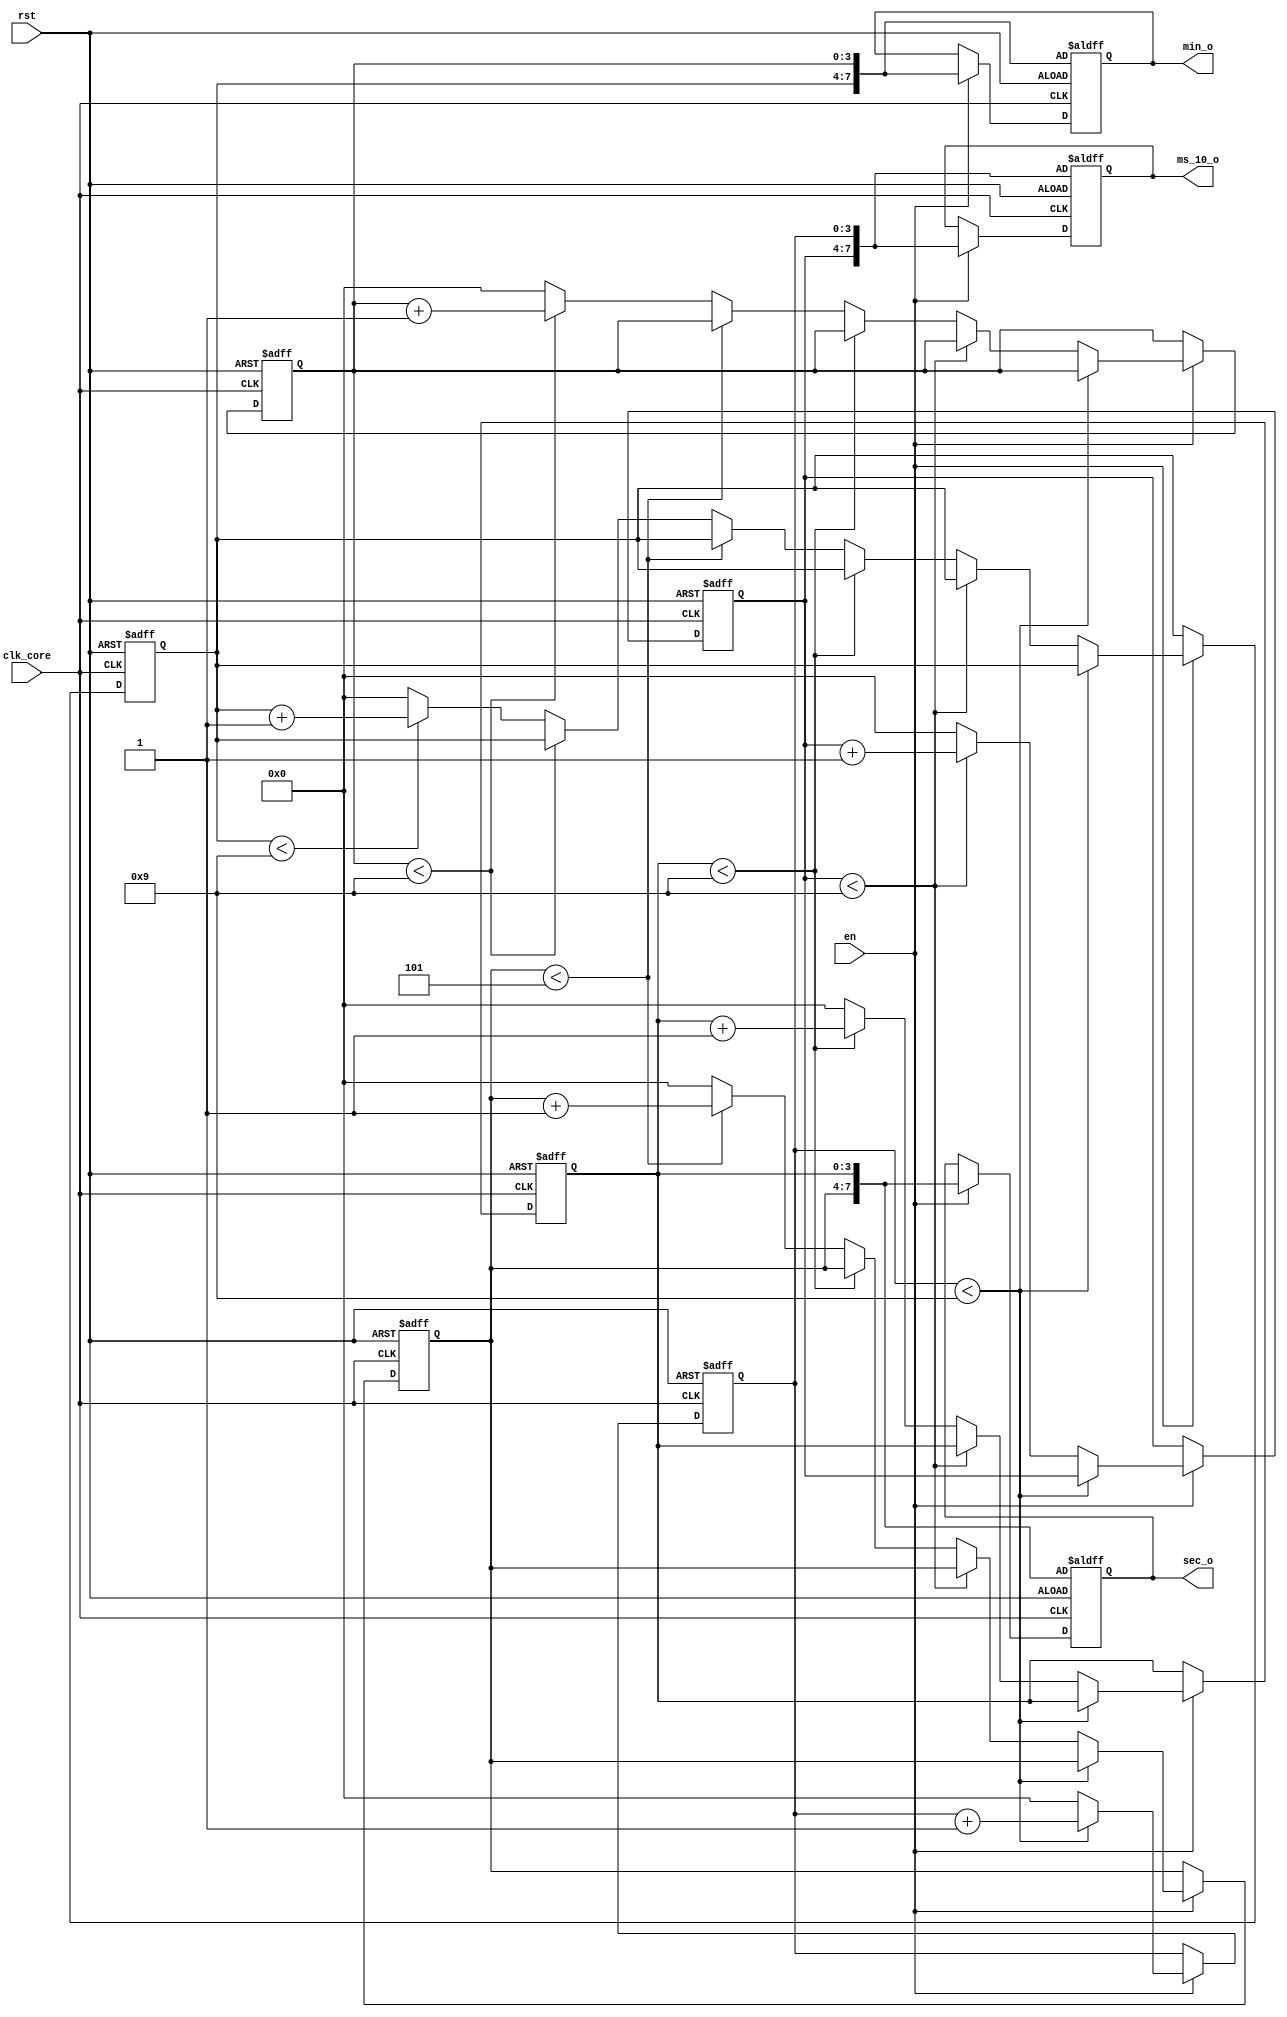
module counter_core
    (
    clk_core,rst,min_o,sec_o,ms_10_o,en
        );
    input rst;//
    input en;//
    input clk_core;//100hz
    output [7:0]min_o;
    output [7:0]sec_o;
    output [7:0]ms_10_o;//4bit6data
    reg [3:0] data_1=4'b0000 ;
    reg [3:0] data_2=4'b0000 ;
    reg [3:0] data_3=4'b0000;
    reg [3:0] data_4=4'b0000;
    reg [3:0] data_5=4'b0000;
    reg [3:0] data_6=4'b0000;
    reg [7:0]min_o;
    reg [7:0]sec_o;
    reg [7:0]ms_10_o;
    always @(posedge clk_core or negedge rst) begin//6
        if(!rst)begin
                data_1<=4'b0000;
                data_2<=4'b0000;
                data_3<=4'b0000;
                data_4<=4'b0000;
                data_5<=4'b0000;
                data_6<=4'b0000;
                ms_10_o<={data_2,data_1};
                sec_o<={data_4,data_3};
                min_o<={data_6,data_5};
            end
        else if(en)begin
                if (data_1<4'b1001) begin
                    data_1<=data_1+1'b1;
                    ms_10_o<={data_2,data_1};
                    sec_o<={data_4,data_3};
                    min_o<={data_6,data_5};
                end
                else if(data_2<4'b1001) begin
                    data_2<=data_2+1'b1;
                    data_1<=4'b0000;
                    ms_10_o<={data_2,data_1};
                    sec_o<={data_4,data_3};
                    min_o<={data_6,data_5};
                end
                else if(data_3<4'b1001) begin
                    data_3<=data_3+1'b1;
                    data_1<=4'b0000;
                    data_2<=4'b0000;
                    ms_10_o<={data_2,data_1};
                    sec_o<={data_4,data_3};
                    min_o<={data_6,data_5};
                end
                else if(data_4<4'b0101) begin
                    data_4<=data_4+1'b1;
                    data_1<=4'b0000;
                    data_2<=4'b0000;
                    data_3<=4'b0000;
                    ms_10_o<={data_2,data_1};
                    sec_o<={data_4,data_3};
                    min_o<={data_6,data_5};
                end
                else if(data_5<4'b1001) begin
                    data_5<=data_5+1'b1;
                    data_1<=4'b0000;
                    data_2<=4'b0000;
                    data_3<=4'b0000;
                    data_4<=4'b0000;
                    ms_10_o<={data_2,data_1};
                    sec_o<={data_4,data_3};
                    min_o<={data_6,data_5};
                end
                else if(data_6<4'b1001) begin
                    data_6<=data_6+1'b1;
                    data_1<=4'b0000;
                    data_2<=4'b0000;
                    data_3<=4'b0000;
                    data_4<=4'b0000;
                    data_5<=4'b0000;
                    ms_10_o<={data_2,data_1};
                    sec_o<={data_4,data_3};
                    min_o<={data_6,data_5};
                end
                else begin
                data_1<=4'b0000;
                data_2<=4'b0000;
                data_3<=4'b0000;
                data_4<=4'b0000;
                data_5<=4'b0000;
                data_6<=4'b0000;
                ms_10_o<={data_2,data_1};
                sec_o<={data_4,data_3};
                min_o<={data_6,data_5};
            end
        end
        else ; 
    end
endmodule